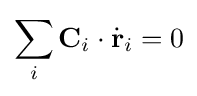
\sum _{i}\mathbf {C} _{i}\cdot {\dot {\mathbf {r} }}_{i}=0